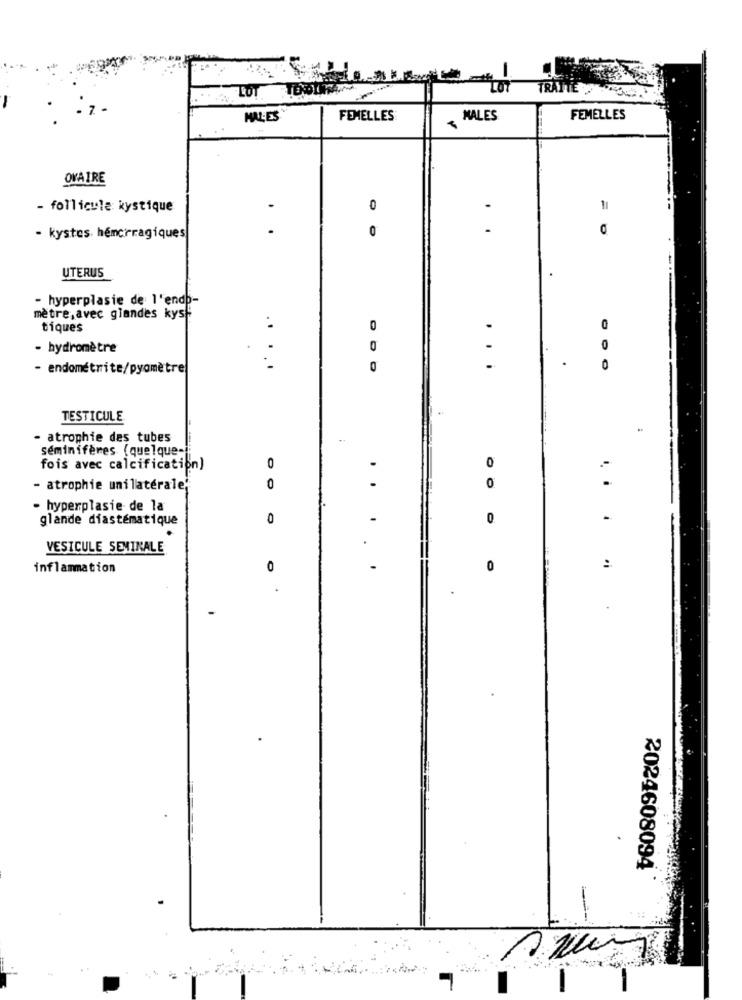
.07
TRATTE
MALES
FEMELLES
MALES
FEMELLES
OVAIRE
- follicule kystique
0
11
..
0
..
0
- kystes. hémorragiques
UTERUS
- hyperplasie de l'endb-
mètre, avec glandes kys.
tiques
0
O
. .
- hydromètre
0
0
- endométrite/pyomètre
0
...
0
TESTICULE
- atrophie des tubes
seminifères (quelque-
fois avec calcification)
0
-
0
- atrophie unilatérale,
0
0
- hyperplasie de la
glande diastématique
0
-
0
VESICULE SEMINALE
inflammation
0
-
0
2024608094